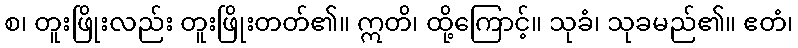
စ၊ တူးဖြိုးလည်း တူးဖြိုးတတ်၏။ ဣတိ၊ ထို့ကြောင့်။ သုခံ၊ သုခမည်၏။ ဧတံ၊